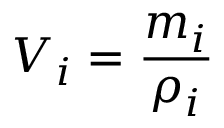
V _ { i } = \frac { m _ { i } } { \rho _ { i } }